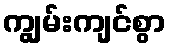
ကျွမ်းကျင်စွာ